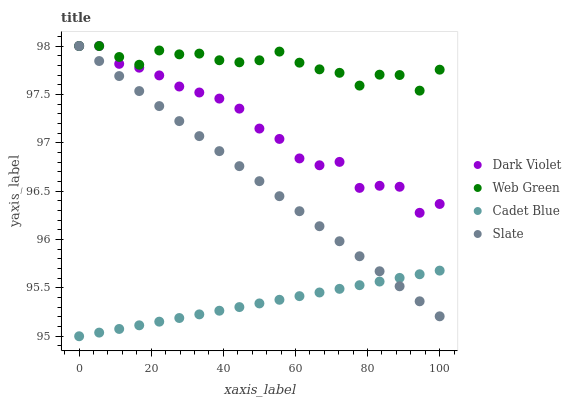
| xaxis_label | Dark Violet | Web Green | Cadet Blue | Slate |
 | --- | --- | --- | --- | --- |
 | 0 | 98 | 98 | 95 | 98 |
 | 5.56 | 98 | 98 | 95 | 97.8 |
 | 11.1 | 97.8 | 97.9 | 95.1 | 97.7 |
 | 16.7 | 97.8 | 97.8 | 95.1 | 97.5 |
 | 22.2 | 97.7 | 98 | 95.2 | 97.4 |
 | 27.8 | 97.6 | 97.9 | 95.2 | 97.2 |
 | 33.3 | 97.5 | 97.9 | 95.2 | 97.1 |
 | 38.9 | 97.5 | 97.9 | 95.3 | 96.9 |
 | 44.4 | 97.4 | 97.8 | 95.3 | 96.8 |
 | 50 | 97.1 | 97.9 | 95.3 | 96.6 |
 | 55.6 | 97 | 97.9 | 95.4 | 96.4 |
 | 61.1 | 96.8 | 97.8 | 95.4 | 96.3 |
 | 66.7 | 96.8 | 97.8 | 95.5 | 96.1 |
 | 72.2 | 96.8 | 97.7 | 95.5 | 96 |
 | 77.8 | 96.5 | 97.6 | 95.5 | 95.8 |
 | 83.3 | 96.6 | 97.7 | 95.6 | 95.7 |
 | 88.9 | 96.5 | 97.7 | 95.6 | 95.5 |
 | 94.4 | 96.3 | 97.5 | 95.6 | 95.4 |
 | 100 | 96.4 | 97.8 | 95.7 | 95.2 |